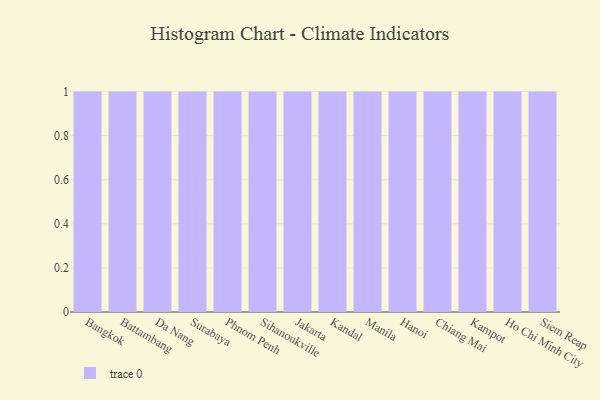
{"axis": {"x": "City", "y": "Bounce Rate (%)"}, "legend": [""], "data": [{"x": "Bangkok", "y": 62, "type": ""}, {"x": "Battambang", "y": 74, "type": ""}, {"x": "Da Nang", "y": 64, "type": ""}, {"x": "Surabaya", "y": 46, "type": ""}, {"x": "Phnom Penh", "y": 20, "type": ""}, {"x": "Sihanoukville", "y": 65, "type": ""}, {"x": "Jakarta", "y": 23, "type": ""}, {"x": "Kandal", "y": 30, "type": ""}, {"x": "Manila", "y": 92, "type": ""}, {"x": "Hanoi", "y": 35, "type": ""}, {"x": "Chiang Mai", "y": 56, "type": ""}, {"x": "Kampot", "y": 71, "type": ""}, {"x": "Ho Chi Minh City", "y": 72, "type": ""}, {"x": "Siem Reap", "y": 97, "type": ""}]}